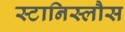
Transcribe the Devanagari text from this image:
स्टानिस्लौस